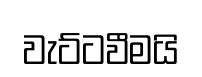
වැට්ටවීමයි